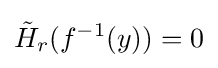
{\tilde {H}}_{r}(f^{-1}(y))=0